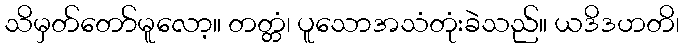
သိမှတ်တော်မူလော့။ တတ္တံ၊ ပူသောအသံတုံးခဲသည်။ ယဒိဒဟတိ၊